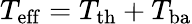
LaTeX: T_{\mathrm{eff}}=T_{\mathrm{th}}+T_{\mathrm{ba}}